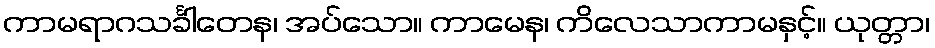
ကာမရာဂသင်္ခါတေန၊ အပ်သော။ ကာမေန၊ ကိလေသာကာမနှင့်။ ယုတ္တာ၊